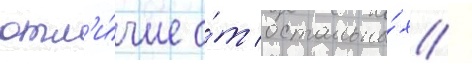
отл'и́чие о́т остальны́х /